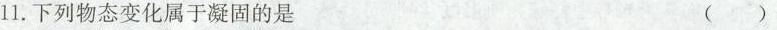
11.下列物态变化属于凝固的是 ()